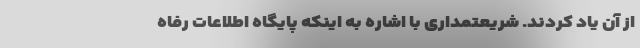
از آن یاد کردند. شریعتمداری با اشاره به اینکه پایگاه اطلاعات رفاه